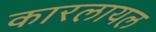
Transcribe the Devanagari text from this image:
कारलायल